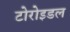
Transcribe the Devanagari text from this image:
टोरोइडल